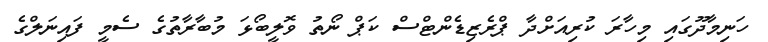
ހަނިމާދޫގައި މިހާރަ ކުރިއަށްދާ ޕްރެޒިޑެންޓްސް ކަޕް ނޯތު ވޮލީބޯޅަ މުބާރާތުގެ ސެމީ ފައިނަލްގެ